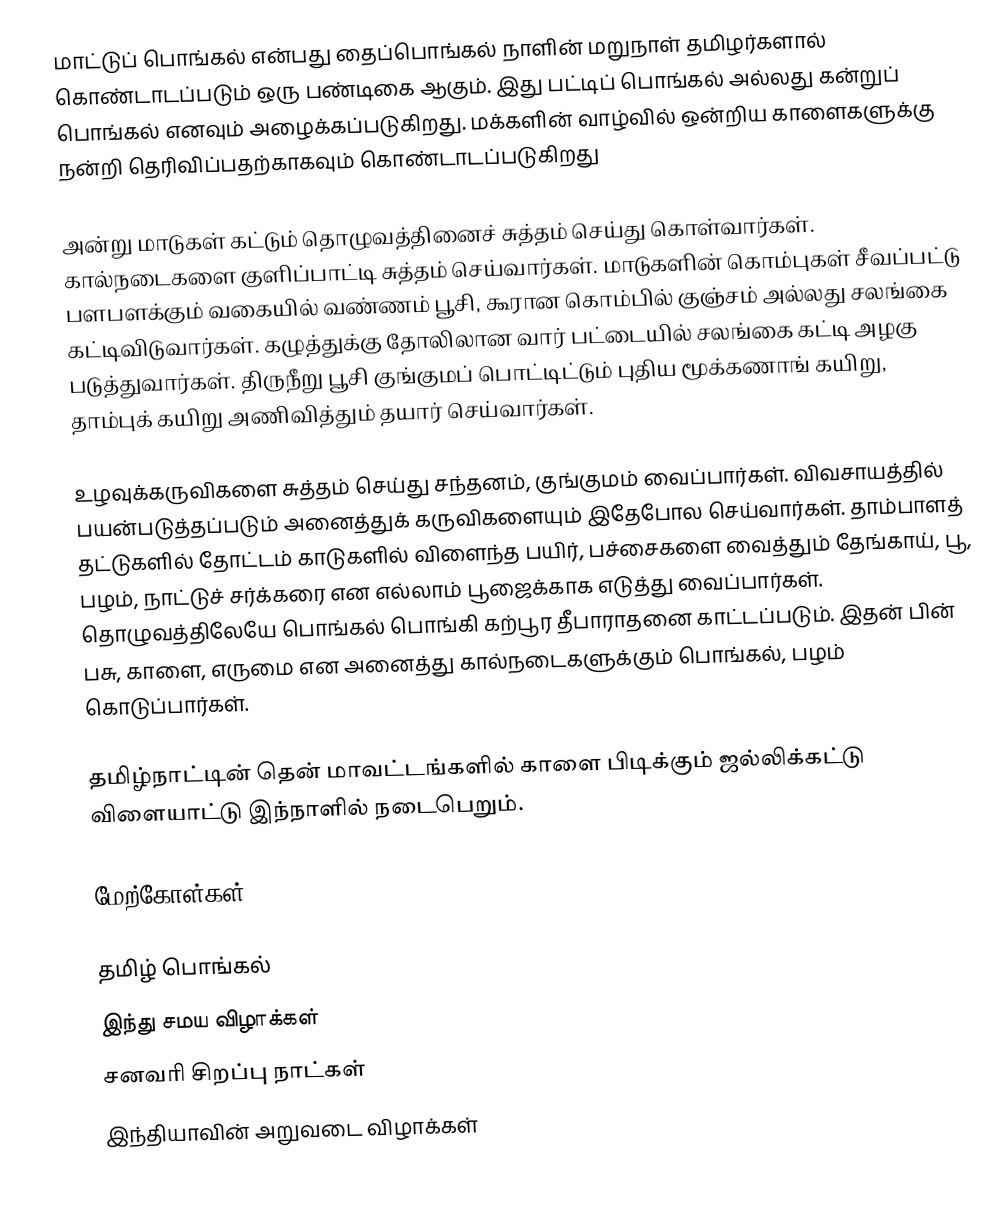
மாட்டுப் பொங்கல் என்பது தைப்பொங்கல் நாளின் மறுநாள் தமிழர்களால் கொண்டாடப்படும் ஒரு பண்டிகை ஆகும். இது பட்டிப் பொங்கல் அல்லது கன்றுப் பொங்கல் எனவும் அழைக்கப்படுகிறது. மக்களின் வாழ்வில் ஒன்றிய காளைகளுக்கு நன்றி தெரிவிப்பதற்காகவும் கொண்டாடப்படுகிறது

அன்று மாடுகள் கட்டும் தொழுவத்தினைச் சுத்தம் செய்து கொள்வார்கள். கால்நடைகளை குளிப்பாட்டி சுத்தம் செய்வார்கள். மாடுகளின் கொம்புகள் சீவப்பட்டு பளபளக்கும் வகையில் வண்ணம் பூசி, கூரான கொம்பில் குஞ்சம் அல்லது சலங்கை கட்டிவிடுவார்கள். கழுத்துக்கு தோலிலான வார் பட்டையில்  சலங்கை கட்டி அழகு படுத்துவார்கள். திருநீறு பூசி குங்குமப் பொட்டிட்டும் புதிய மூக்கணாங் கயிறு, தாம்புக் கயிறு அணிவித்தும் தயார் செய்வார்கள்.

உழவுக்கருவிகளை சுத்தம் செய்து சந்தனம், குங்குமம் வைப்பார்கள். விவசாயத்தில் பயன்படுத்தப்படும் அனைத்துக் கருவிகளையும் இதேபோல செய்வார்கள். தாம்பாளத் தட்டுகளில் தோட்டம் காடுகளில் விளைந்த பயிர், பச்சைகளை வைத்தும் தேங்காய், பூ, பழம், நாட்டுச் சர்க்கரை என எல்லாம் பூஜைக்காக எடுத்து வைப்பார்கள். தொழுவத்திலேயே பொங்கல் பொங்கி கற்பூர தீபாராதனை காட்டப்படும். இதன் பின் பசு, காளை, எருமை என அனைத்து கால்நடைகளுக்கும் பொங்கல், பழம் கொடுப்பார்கள்.

தமிழ்நாட்டின் தென் மாவட்டங்களில் காளை பிடிக்கும் ஜல்லிக்கட்டு விளையாட்டு இந்நாளில் நடைபெறும்.

மேற்கோள்கள்

தமிழ் பொங்கல்
இந்து சமய விழாக்கள்
சனவரி சிறப்பு நாட்கள்
இந்தியாவின் அறுவடை விழாக்கள்